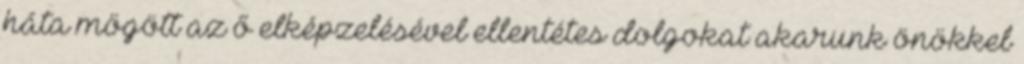
háta mögött az ő elképzelésével ellentétes dolgokat akarunk önökkel